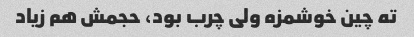
ته چین خوشمزه ولی چرب بود، حجمش هم زیاد